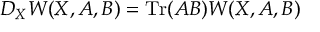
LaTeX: D _ { X } W ( X , A , B ) = \mathrm { T r } ( A B ) W ( X , A , B )